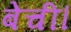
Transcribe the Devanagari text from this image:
बेचीं।